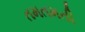
તમતમતી